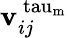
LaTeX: \mathbf{v}_{ij}^{\mathrm{\ tau_{m}}}